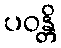
ပဝန္တိ